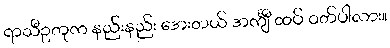
ရာသီဥတုက နည်းနည်း အေးတယ် အင်္ကျီ ထပ် ဝတ်ပါလား။